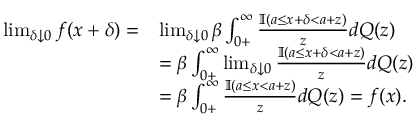
\begin{array} { r l } { \ \operatorname* { l i m } _ { \delta \downarrow 0 } f ( x + \delta ) = } & { \operatorname* { l i m } _ { \delta \downarrow 0 } \beta \int _ { 0 + } ^ { \infty } \frac { \mathbb { I } ( a \leq x + \delta < a + z ) } { z } d Q ( z ) } \\ & { = \beta \int _ { 0 + } ^ { \infty } \operatorname* { l i m } _ { \delta \downarrow 0 } \frac { \mathbb { I } ( a \leq x + \delta < a + z ) } { z } d Q ( z ) } \\ & { = \beta \int _ { 0 + } ^ { \infty } \frac { \mathbb { I } ( a \leq x < a + z ) } { z } d Q ( z ) = f ( x ) . } \end{array}